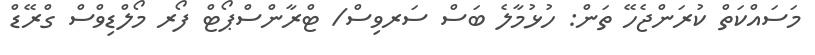
މަސައްކަތް ކުރަންޖެހޭ ތަން: ހުޅުމާލެ ބަސް ސަރވިސް/ ޓްރާންސްޕޯޓް ފޯރ މޯލްޑިވްސް ގްރޭޑް